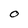
Character: O